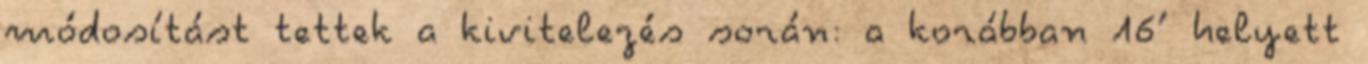
módosítást tettek a kivitelezés során: a korábban 16’ helyett